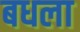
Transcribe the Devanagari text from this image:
बधला